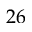
2 6